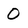
Character: 0